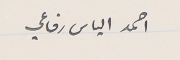
احمد الياس رفاعي